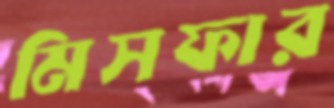
মিসফার